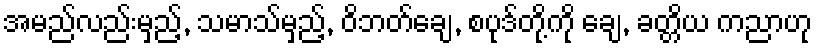
အမည်လည်းမှည့်, သမာသ်မှည့်, ဝိဘတ်ချေ, စပုဒ်တို့ကို ချေ, ခတ္တိယ ကညာဟု